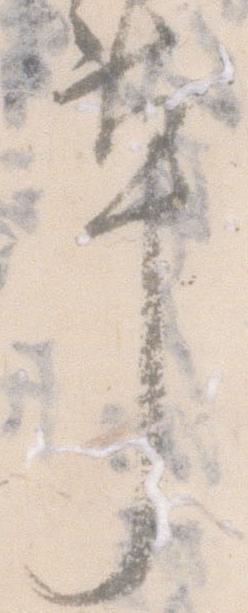
草